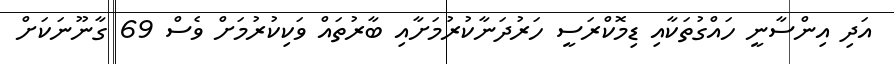
އަދި އިންސާނީ ހައްގުތަކާއި ޑިމޮކްރަސީ ހަރުދަނާކުރުމަށާއި ބާރުތައް ވަކިކުރުމަށް ވެސް 69 ގާނޫނަކަށް